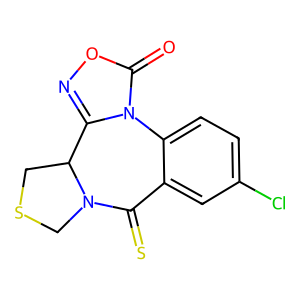
SMILES: O=c1onc2n1-c1ccc(Cl)cc1C(=S)N1CSCC21
Inhibits HIV replication: No